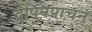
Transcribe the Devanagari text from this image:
दीपनपाचन